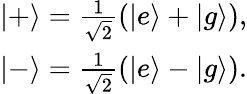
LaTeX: \begin{array}{r}{|+\rangle=\frac{1}{\sqrt{2}}\left(|e\rangle+|g\rangle\right),}\\ {|-\rangle=\frac{1}{\sqrt{2}}\left(|e\rangle-|g\rangle\right).}\end{array}